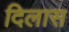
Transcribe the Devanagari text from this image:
दिलास